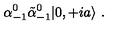
\alpha _ { - 1 } ^ { 0 } \tilde { \alpha } _ { - 1 } ^ { 0 } | 0 , + i a \rangle \ .